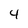
Character: 4